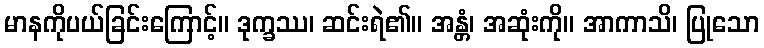
မာနကိုပယ်ခြင်းကြောင့်။ ဒုက္ခဿ၊ ဆင်းရဲ၏။ အန္တံ၊ အဆုံးကို။ အာကာသိ၊ ပြုသော